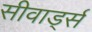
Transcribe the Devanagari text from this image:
सीवार्ड्स